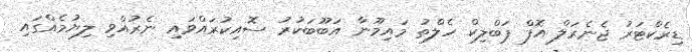
ޑިރެކްޓަރު ޖެނެރަލް އޮފް ޕަބްލިކް ހެލްތު މައިމޫނާ އަބޫބަކުރު ސޮއިކުރައްވައި ނެރުއްވި ލިޔުމެއްގައި